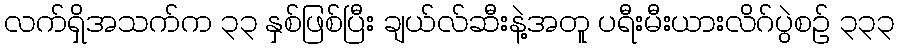
လက်ရှိအသက်က ၃၃ နှစ်ဖြစ်ပြီး ချယ်လ်ဆီးနဲ့အတူ ပရီးမီးယားလိဂ်ပွဲစဉ် ၃၃၃